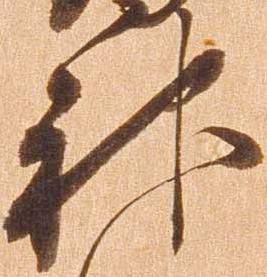
神